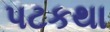
પટકથા